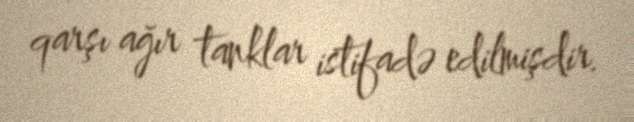
qarşı ağır tanklar istifadə edilmişdir.